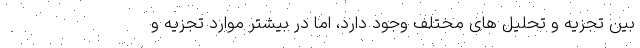
بین تجزیه و تحلیل های مختلف وجود دارد، اما در بیشتر موارد تجزیه و